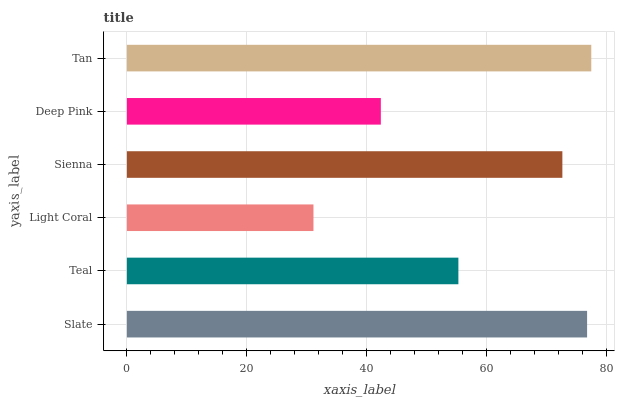
| yaxis_label | bars |
 | --- | --- |
 | Slate | 76.7 |
 | Teal | 55.3 |
 | Light Coral | 31.1 |
 | Sienna | 72.6 |
 | Deep Pink | 42.3 |
 | Tan | 77.4 |